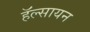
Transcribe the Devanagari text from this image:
हॅल्सायन